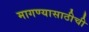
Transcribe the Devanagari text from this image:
मागण्यासाठीची